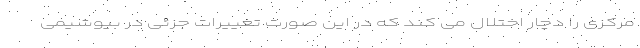
مرکزی را دچار اختلال می کند که در این صورت تغییرات جزئی در بیوشیمی